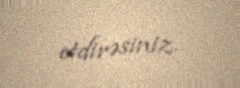
etdirəsiniz.